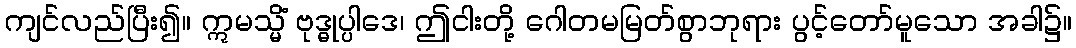
ကျင်လည်ပြီး၍။ ဣမသ္မိံ ဗုဒ္ဓုပ္ပါဒေ၊ ဤငါးတို့ ဂေါတမမြတ်စွာဘုရား ပွင့်တော်မူသော အခါ၌။